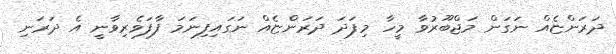
ދަރަންޏެއް ނަގަން މަޖްބޫރުވާ މީހާ މިފަދަ ދަރަންޏެއް ނަގައިފިނަމަ ފާފަވެރިވާނީ އެ ދަރަނި